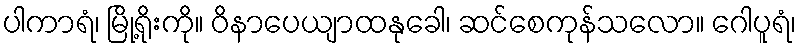
ပါကာရံ၊ မြို့ရိုးကို။ ဝိနာပေယျာထနုခေါ၊ ဆင်စေကုန်သလော။ ဂေါပူရံ၊